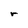
Character: r